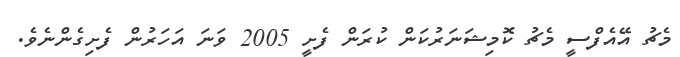
މެޗު އޭއެފްސީ މެޗު ކޮމިޝަނަރުކަން ކުރަން ފެށީ 2005 ވަނަ އަހަރުން ފެށިގެންނެވެ.